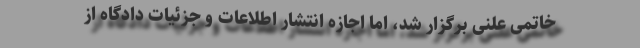
خاتمی علنی برگزار شد، اما اجازه انتشار اطلاعات و جزئیات دادگاه از